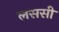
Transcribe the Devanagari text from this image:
लससी